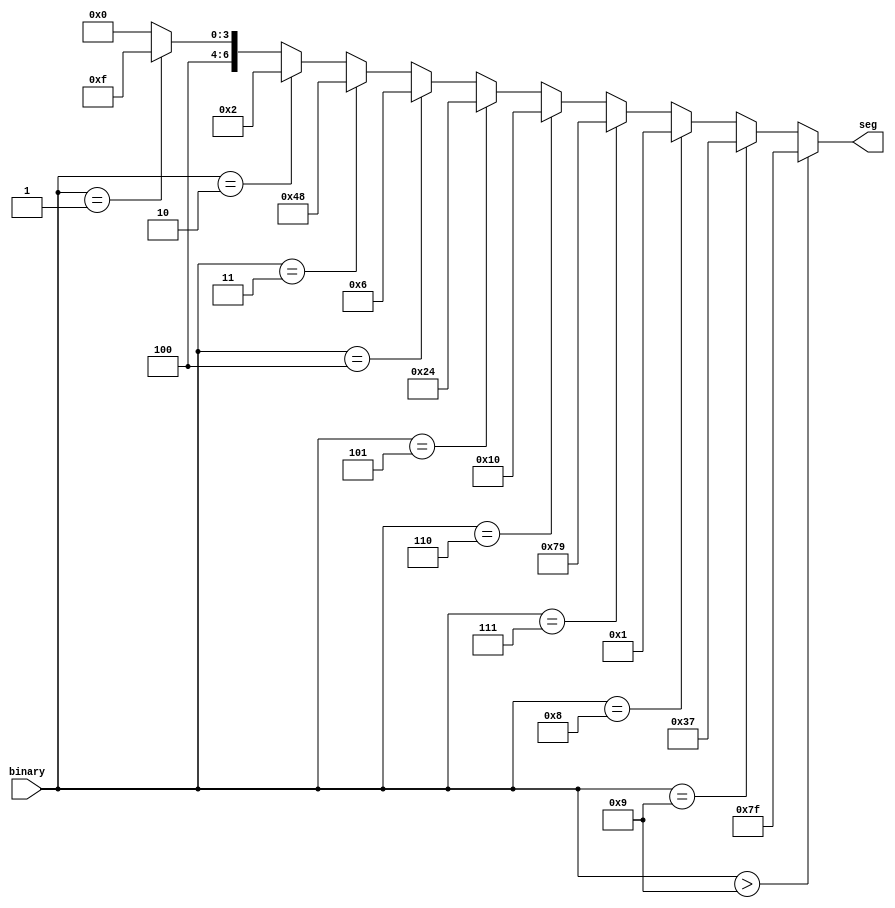
module sevenSegment(input [3:0] binary, output [6:0] seg);
    assign seg = binary > 9 ? 7'b1111111 :
           binary == 9 ? 7'b0110111 :
           binary == 8 ? 7'b0000001 :
           binary == 7 ? 7'b1111001 :
           binary == 6 ? 7'b0010000 :
           binary == 5 ? 7'b0100100 :
           binary == 4 ? 7'b0000110 :
           binary == 3 ? 7'b1001000 :
           binary == 2 ? 7'b0000010 :
           binary == 1 ? 7'b1001111 :
                          7'b1000000;
endmodule